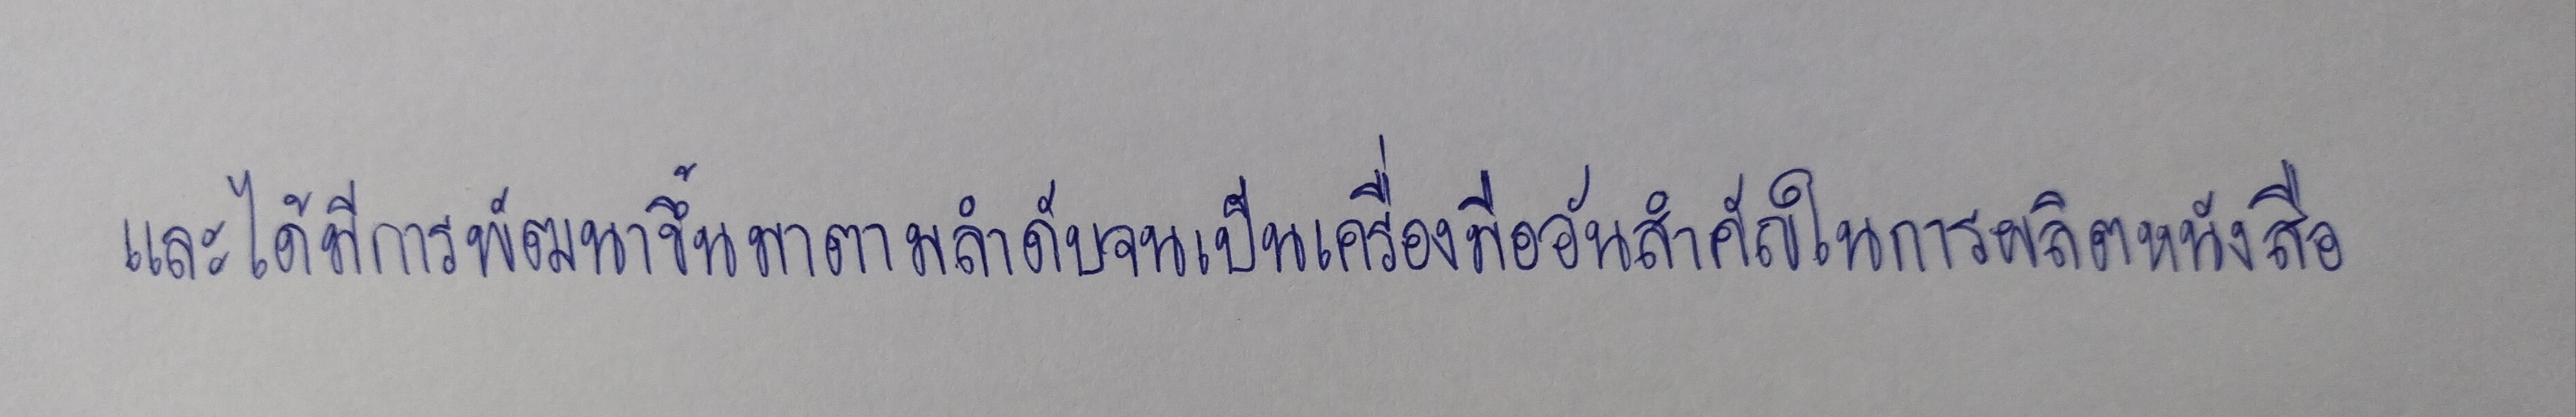
และได้มีการพัฒนาขึ้นมาตามลำดับจนเป็นเครื่องมืออันสำคัญในการผลิตหนังสือ